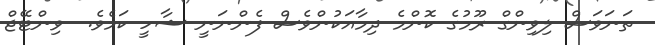
ތަަނަވަސް ލިވިންގް ރޫމުގެ ކޮންމެ ދިމާއަކުންވެސް ފެންނަނީ ޝާހީ ކަމެވެ.  ވިންޓޭޖް